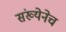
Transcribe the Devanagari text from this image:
संख्येनेच